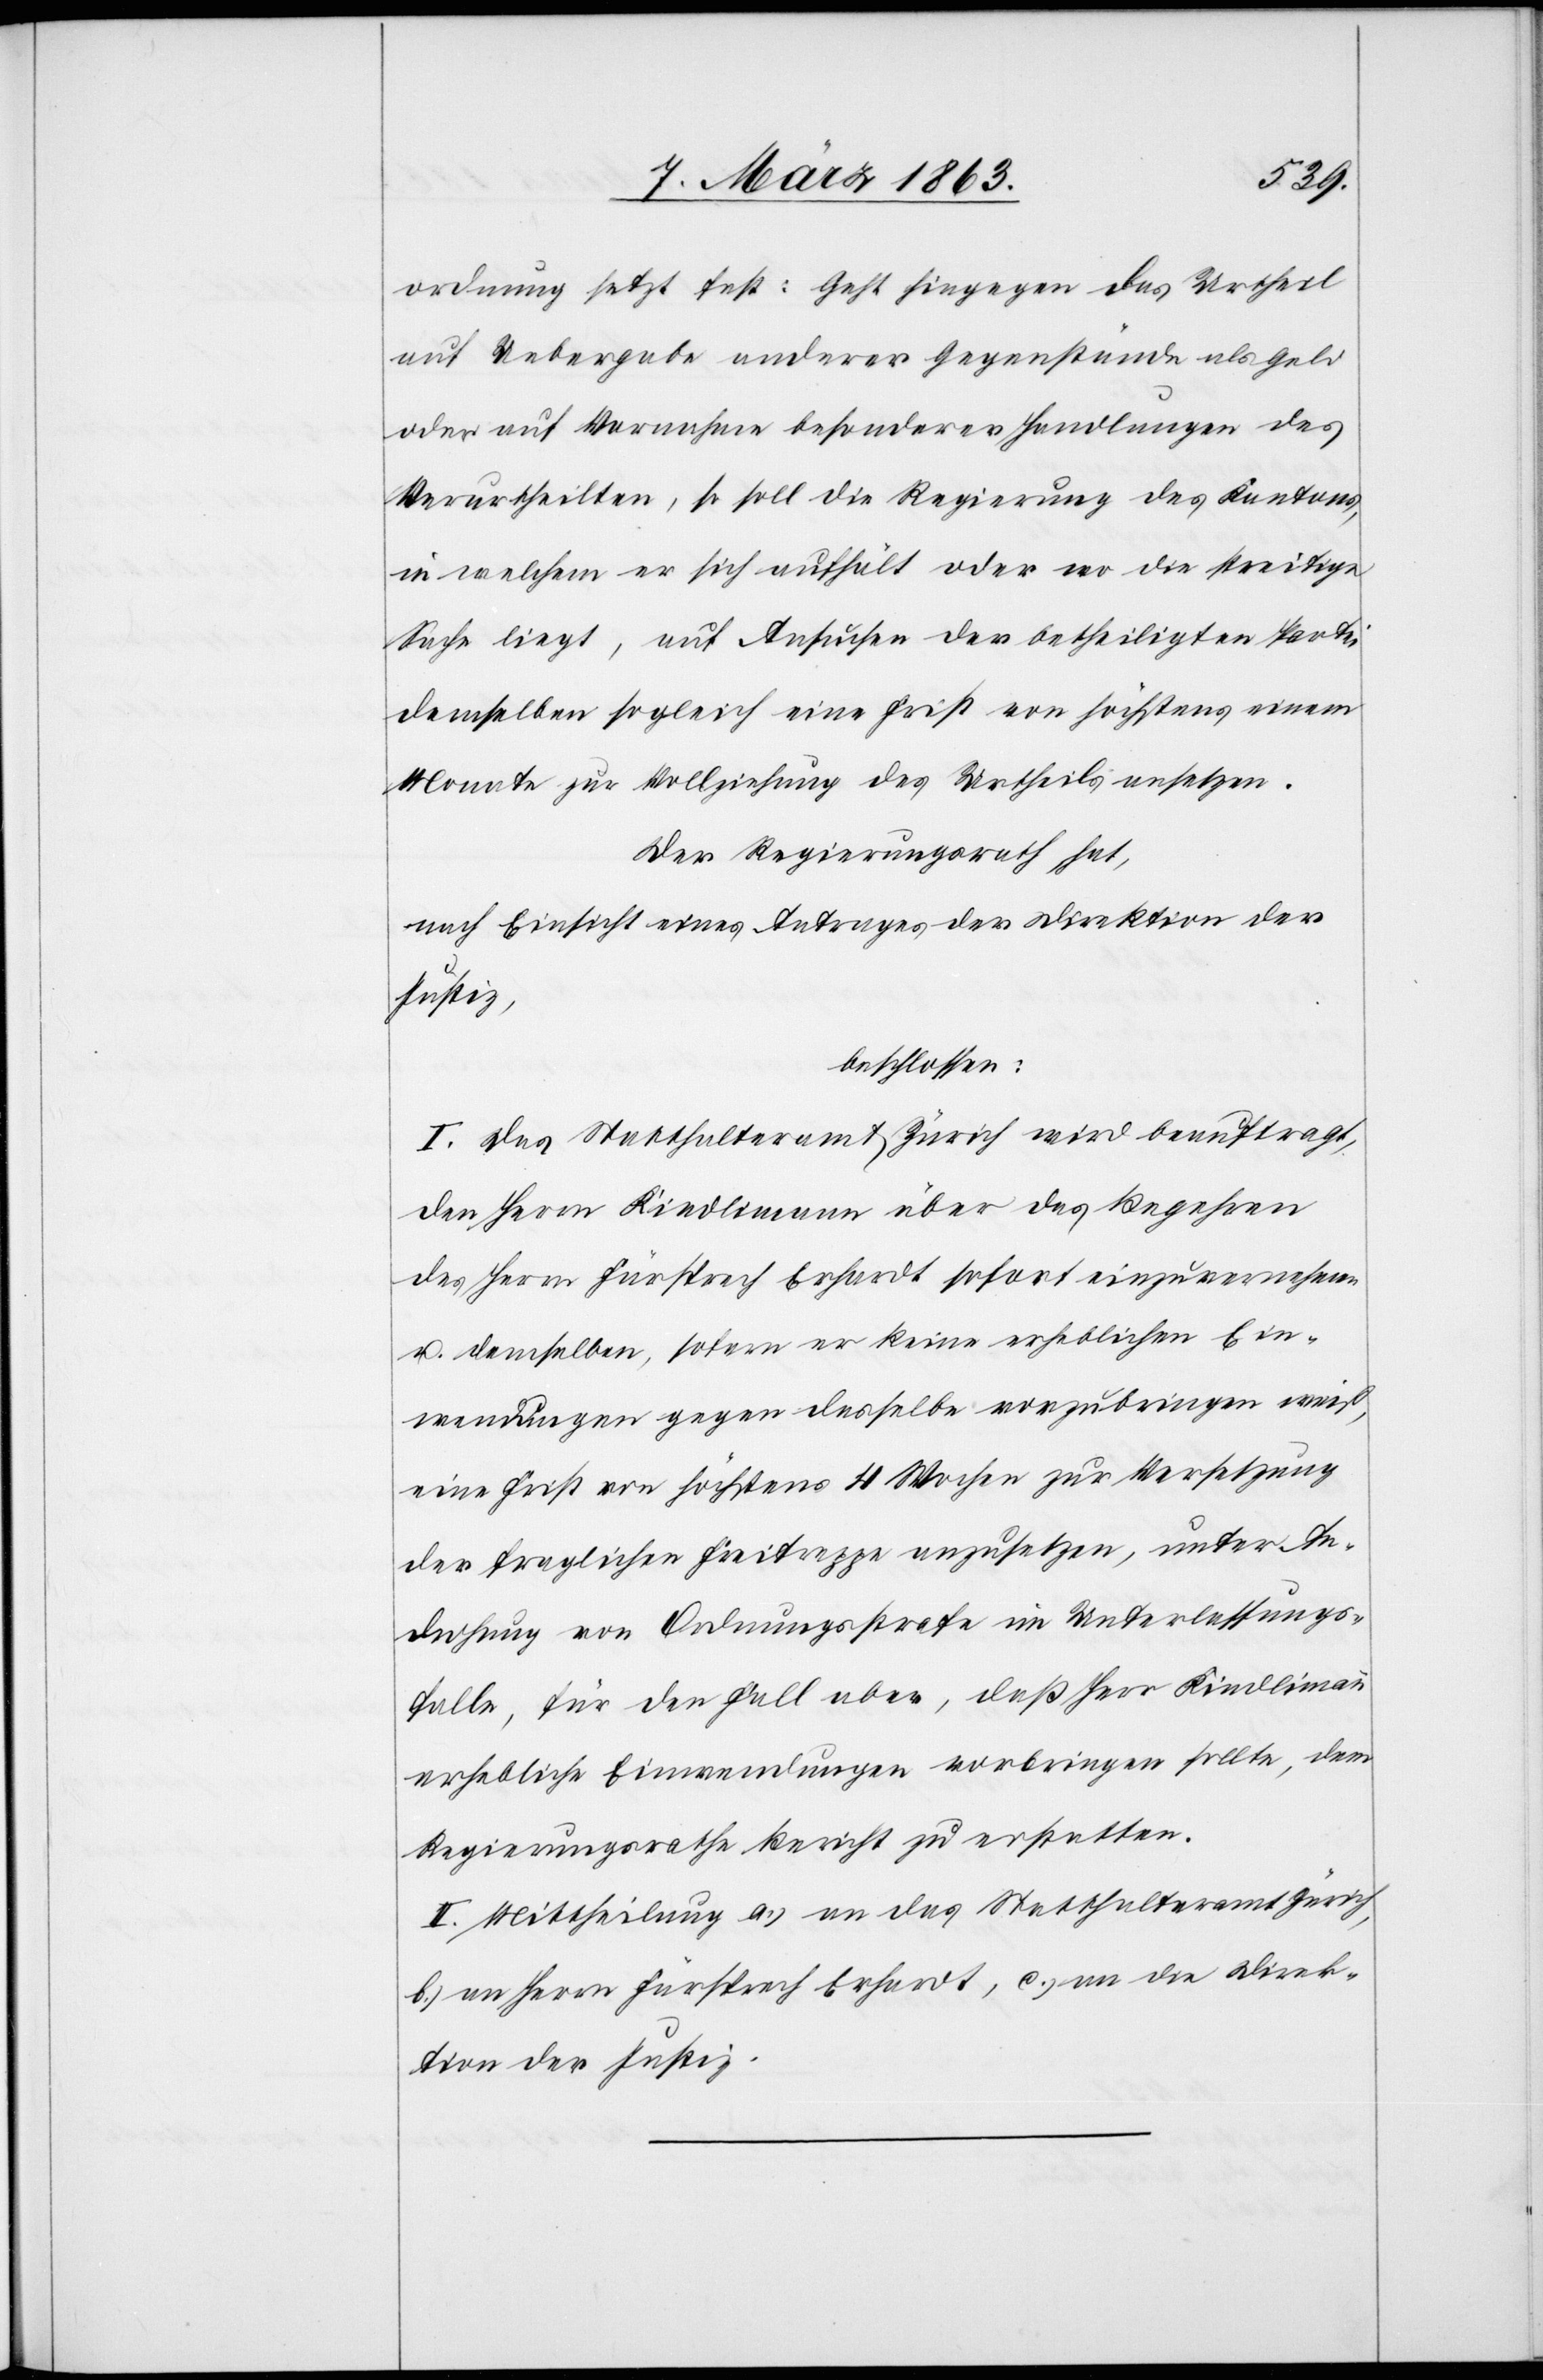
ordnung setzt fest: Geht hingegen das Urtheil
auf Uebergabe anderer Gegenstände als Geld
oder auf Vornahme besonderer Handlungen des
Verurtheilten, so soll die Regierung des Kantons,
in welchem er sich aufhält oder wo die streitige
Sache liegt, auf Ansuchen der betheiligten Partei
demselben sogleich eine Frist von höchstens einem
Monate zur Vollziehung des Urtheils ansetzen.
Der Regierungsrath hat,
nach Einsicht eines Antrages der Direktion der
Justiz,
beschlossen:
I. Das Statthalteramt Zürich wird beauftragt,
den Herrn Kindlimann über das Begehren
des Herrn Fürsprech Erhardt sofort einzuvernehmen
u. demselben, sofern er keine erheblichen Ein¬
wendungen gegen dasselbe vorzubringen weiß,
eine Frist von höchstens 4 Wochen zur Versetzung
der fraglichen Freitreppe anzusetzen, unter An¬
drohung von Ordnungsstrafe im Unterlassungs¬
falle, für den Fall aber, daß Herr Kindlimann
erhebliche Einwendungen vorbringen sollte, dem
Regierungsrathe Bericht zu erstatten.
II. Mittheilung a.) an das Statthalteramt Zürich,
b.) an Herrn Fürsprech Erhardt, c.) an die Direk¬
tion der Justiz.